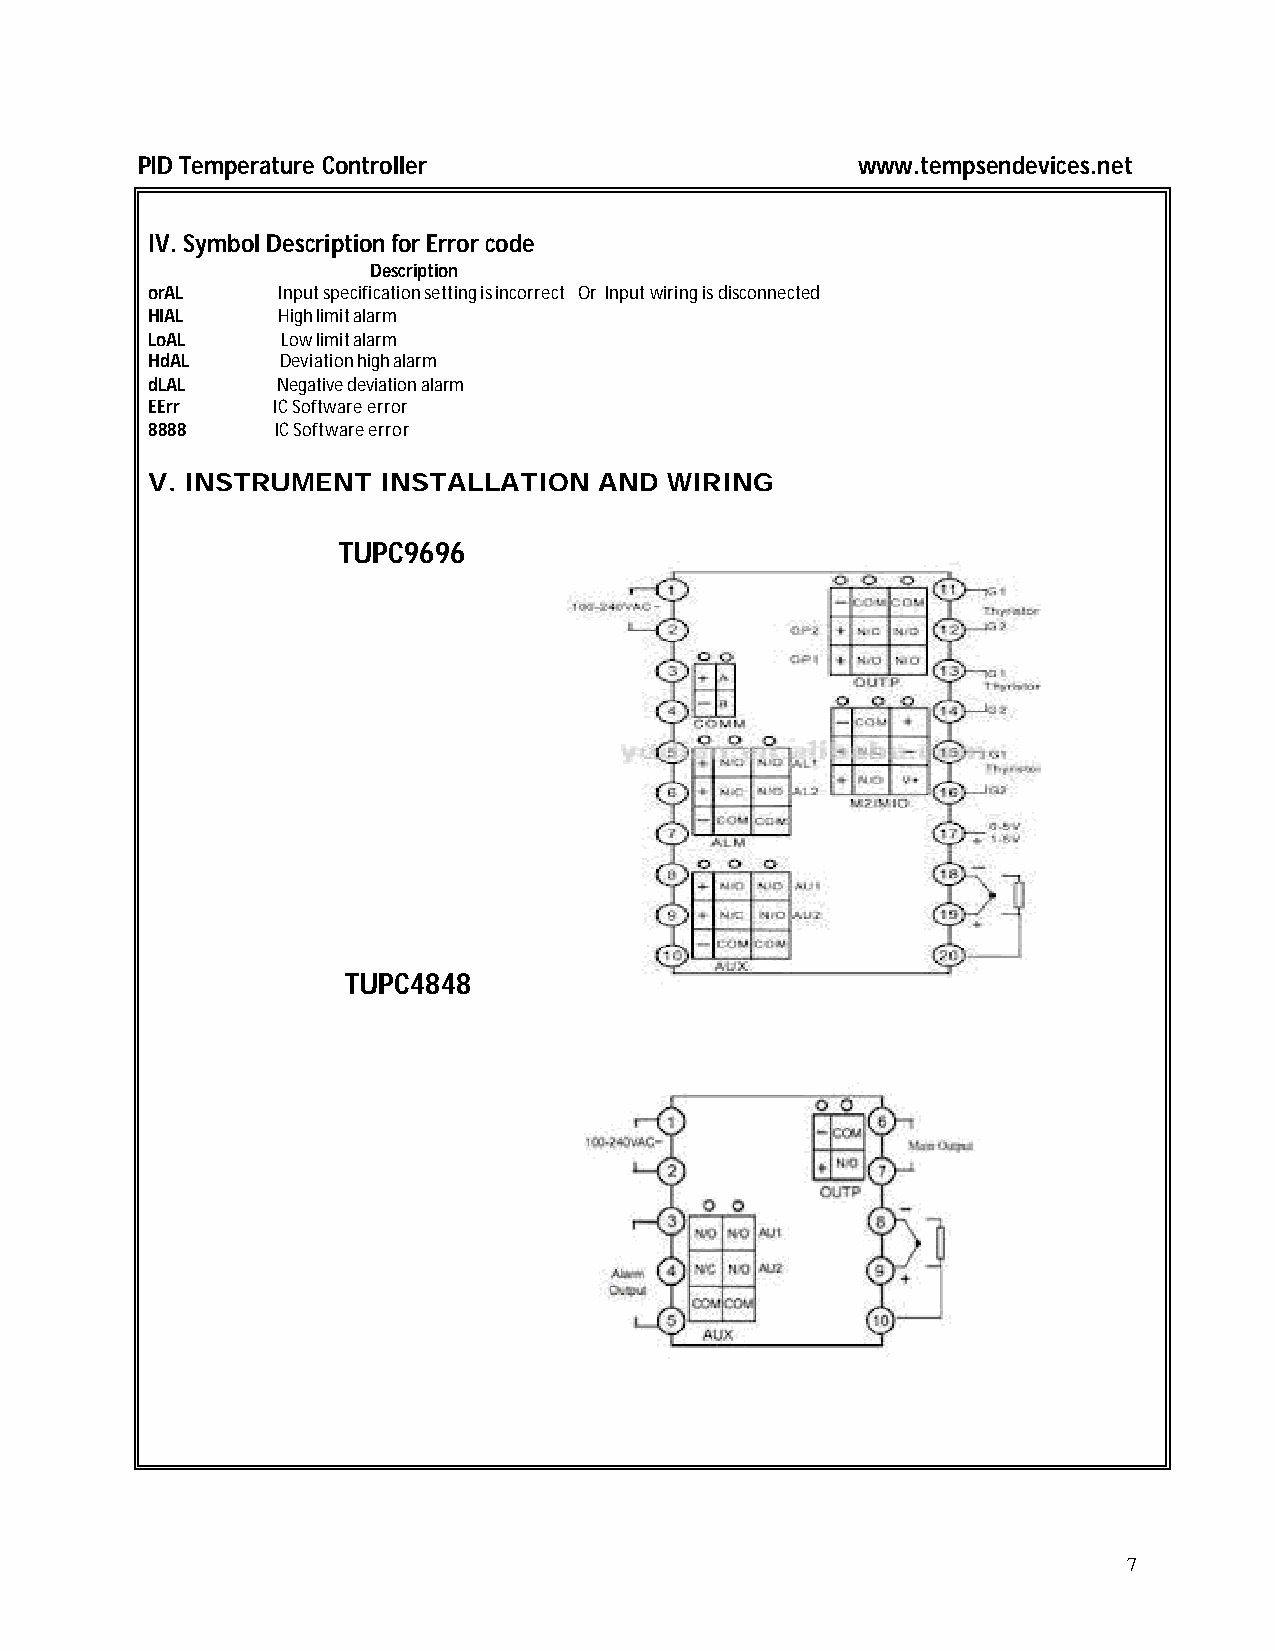
PID Temperature Controller                      www.tempsendevices.net
 IV. Symbol Description for Error code
 Description
 orAL    Input specification setting is incorrect Or Input wiring is disconnected
 HIAL    High limit alarm
 LoAL     Low limit alarm
 HdAL     Deviation high alarm
 dLAL    Negative deviation alarm
 EErr    IC Software error
 8888    IC Software error
 V. INSTRUMENT  INSTALLATION   AND WIRING
 TUPC9696
 TUPC4848
 7